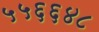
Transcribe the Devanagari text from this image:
५५६६४८